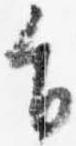
旨